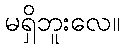
မရှိဘူးလေ။